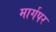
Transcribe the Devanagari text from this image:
मार्गपर